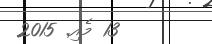
13 މެއި